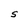
Character: S